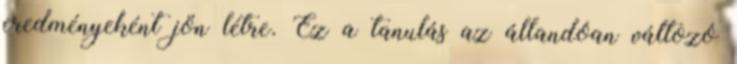
eredményeként jön létre. Ez a tanulás az állandóan változó